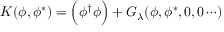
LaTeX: K ( \phi , \phi ^ { * } ) = \Big ( \phi ^ { \dagger } \phi \Big ) + G _ { \lambda } ( \phi , \phi ^ { * } , 0 , 0 \cdots )